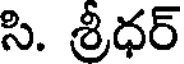
సి. శ్రీధర్